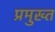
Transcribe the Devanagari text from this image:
प्रमुख्त